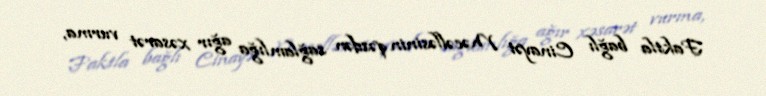
Faktla bağlı Cinayət Məcəlləsinin qəsdən sağlamlığa ağır xəsarət vurma,